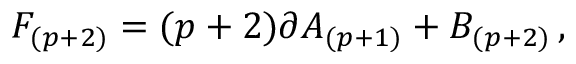
F _ { ( p + 2 ) } = ( p + 2 ) \partial A _ { ( p + 1 ) } + B _ { ( p + 2 ) } \, ,